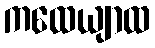
ကထေယျာထ